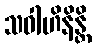
သဝါဟိနိန္တိ